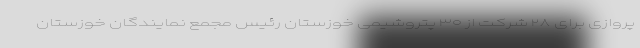
پروازی برای ۲۸ شرکت از ۳۰ پتروشیمی خوزستان رئیس مجمع نمایندگان خوزستان